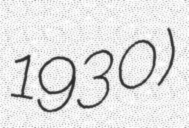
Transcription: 1930)